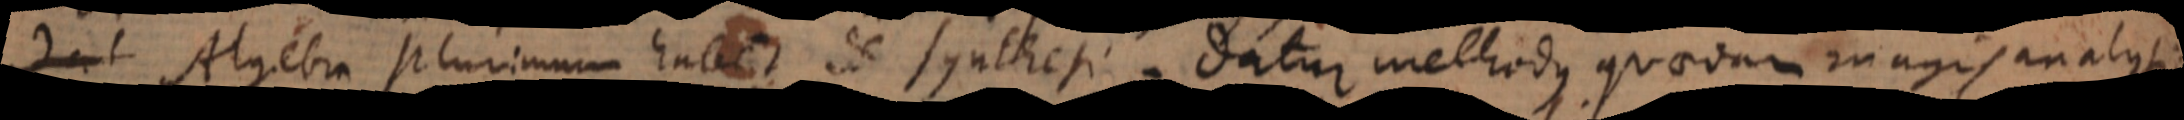
Algebra plurimum habet de synthesi. Datur methodus quaedam magis analyti